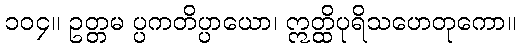
၁၀၄။ ဥတ္တမ ပ္ပကတိပ္ပာယော၊ ဣတ္ထိပုရိသဟေတုကော။